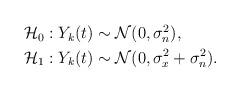
LaTeX: \begin{align*}\begin{aligned}\mathcal{H}_0 &: Y_k(t)\sim\mathcal{N}(0,\sigma_n^2),\\\mathcal{H}_1 &: Y_k(t)\sim\mathcal{N}(0,\sigma_x^2+\sigma_n^2).\end{aligned}\end{align*}